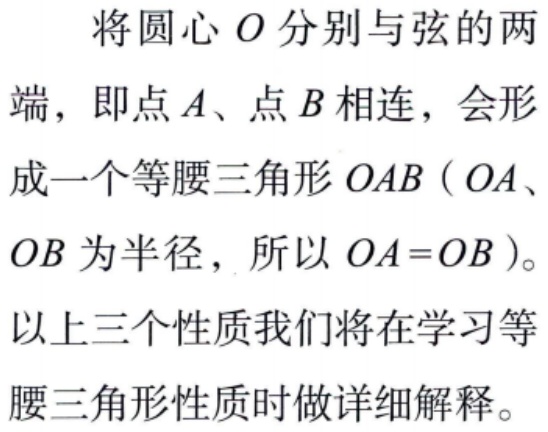
将圆心\(O\)分别与弦的两端，即点\(A\)、点\(B\)相连，会形成一个等腰三角形\(OAB\)（\(OA\)、\(OB\)为半径，所以 \(OA = OB\)）。

以上三个性质我们将在学习等腰三角形性质时做详细解释。